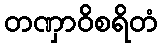
တဏှာဝိစရိတံ